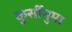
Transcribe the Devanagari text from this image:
कुर्सीनुमा